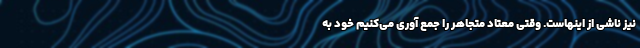
نیز ناشی از اینهاست. وقتی معتاد متجاهر را جمع آوری می‌کنیم خود به